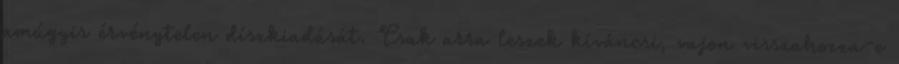
amúgyis érvénytelen díszkiadását. Csak arra leszek kíváncsi, vajon visszahozza-e